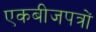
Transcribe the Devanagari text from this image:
एकबीजपत्रों